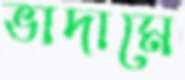
ভাদামে